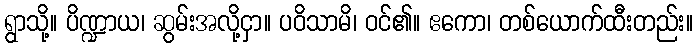
ရွာသို့။ ပိဏ္ဍာယ၊ ဆွမ်းအလို့ငှာ။ ပဝိသာမိ၊ ဝင်၏။ ဧကော၊ တစ်ယောက်ထီးတည်း။